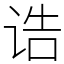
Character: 诰